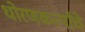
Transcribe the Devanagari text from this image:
धोरणकर्त्यांचे